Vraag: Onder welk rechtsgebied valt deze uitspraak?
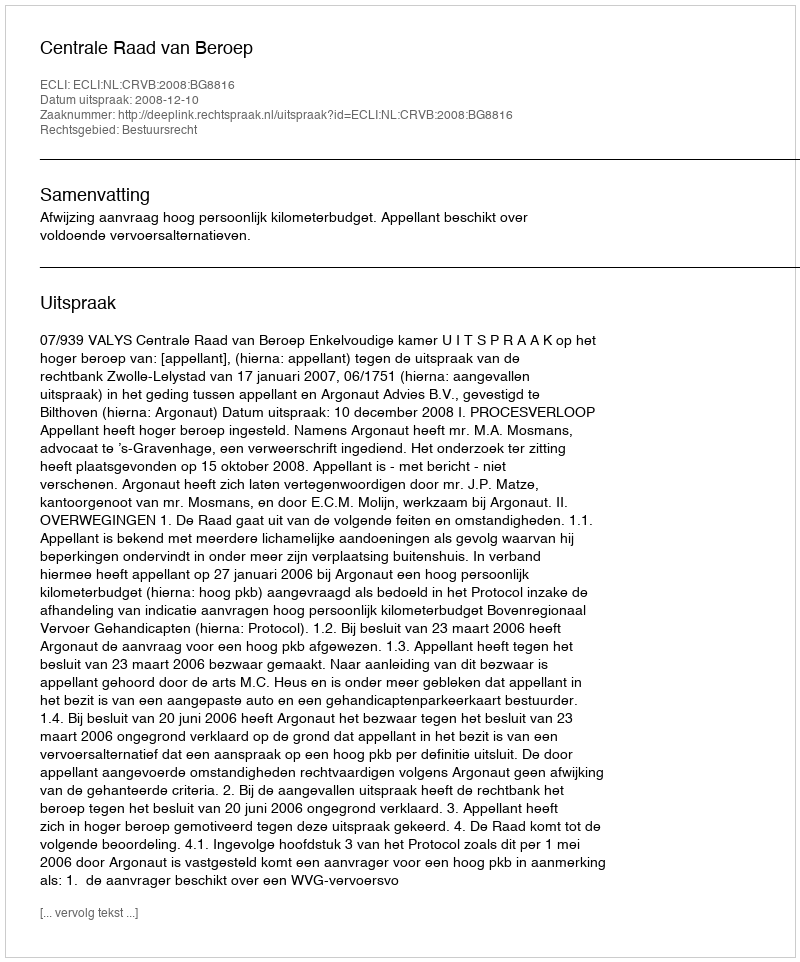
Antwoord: Bestuursrecht